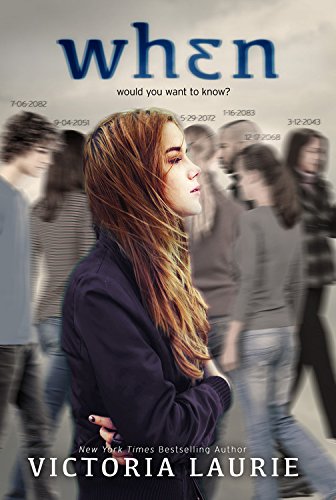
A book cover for When; Victoria Laurie; Teen & Young Adult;